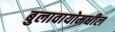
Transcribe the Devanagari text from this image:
बुलावायोमधील